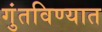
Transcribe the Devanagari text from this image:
गुंतविण्यात